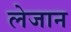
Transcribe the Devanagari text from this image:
लेजान